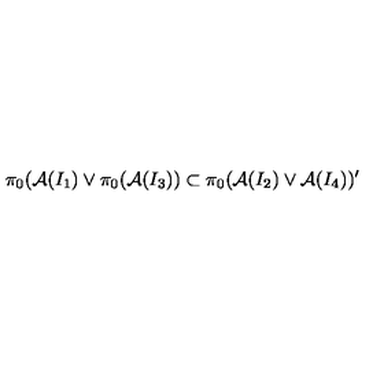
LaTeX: \pi _ { 0 } ( { \cal A } ( I _ { 1 } ) \vee \pi _ { 0 } ( { \cal A } ( I _ { 3 } ) ) \subset \pi _ { 0 } ( { \cal A } ( I _ { 2 } ) \vee { \cal A } ( I _ { 4 } ) ) ^ { \prime }